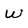
Character: W